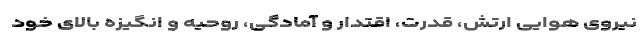
نیروی هوایی ارتش، قدرت، اقتدار و آمادگی، روحیه و انگیزه بالای خود